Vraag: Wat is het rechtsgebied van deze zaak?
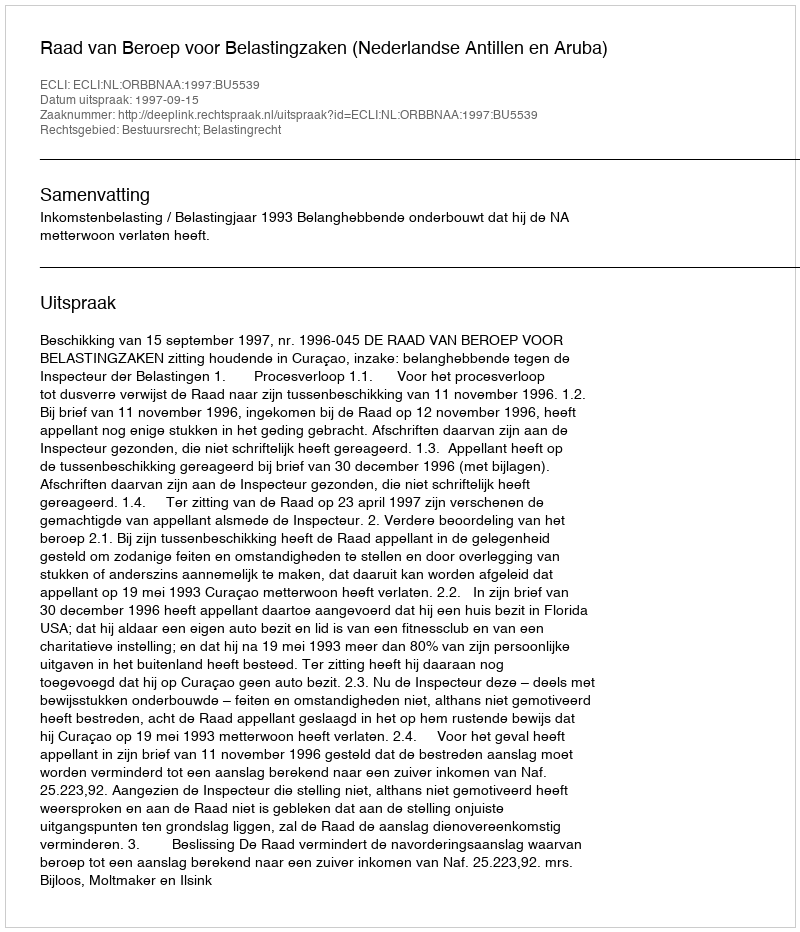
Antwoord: Bestuursrecht; Belastingrecht